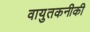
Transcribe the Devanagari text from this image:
वायुतकनीकी